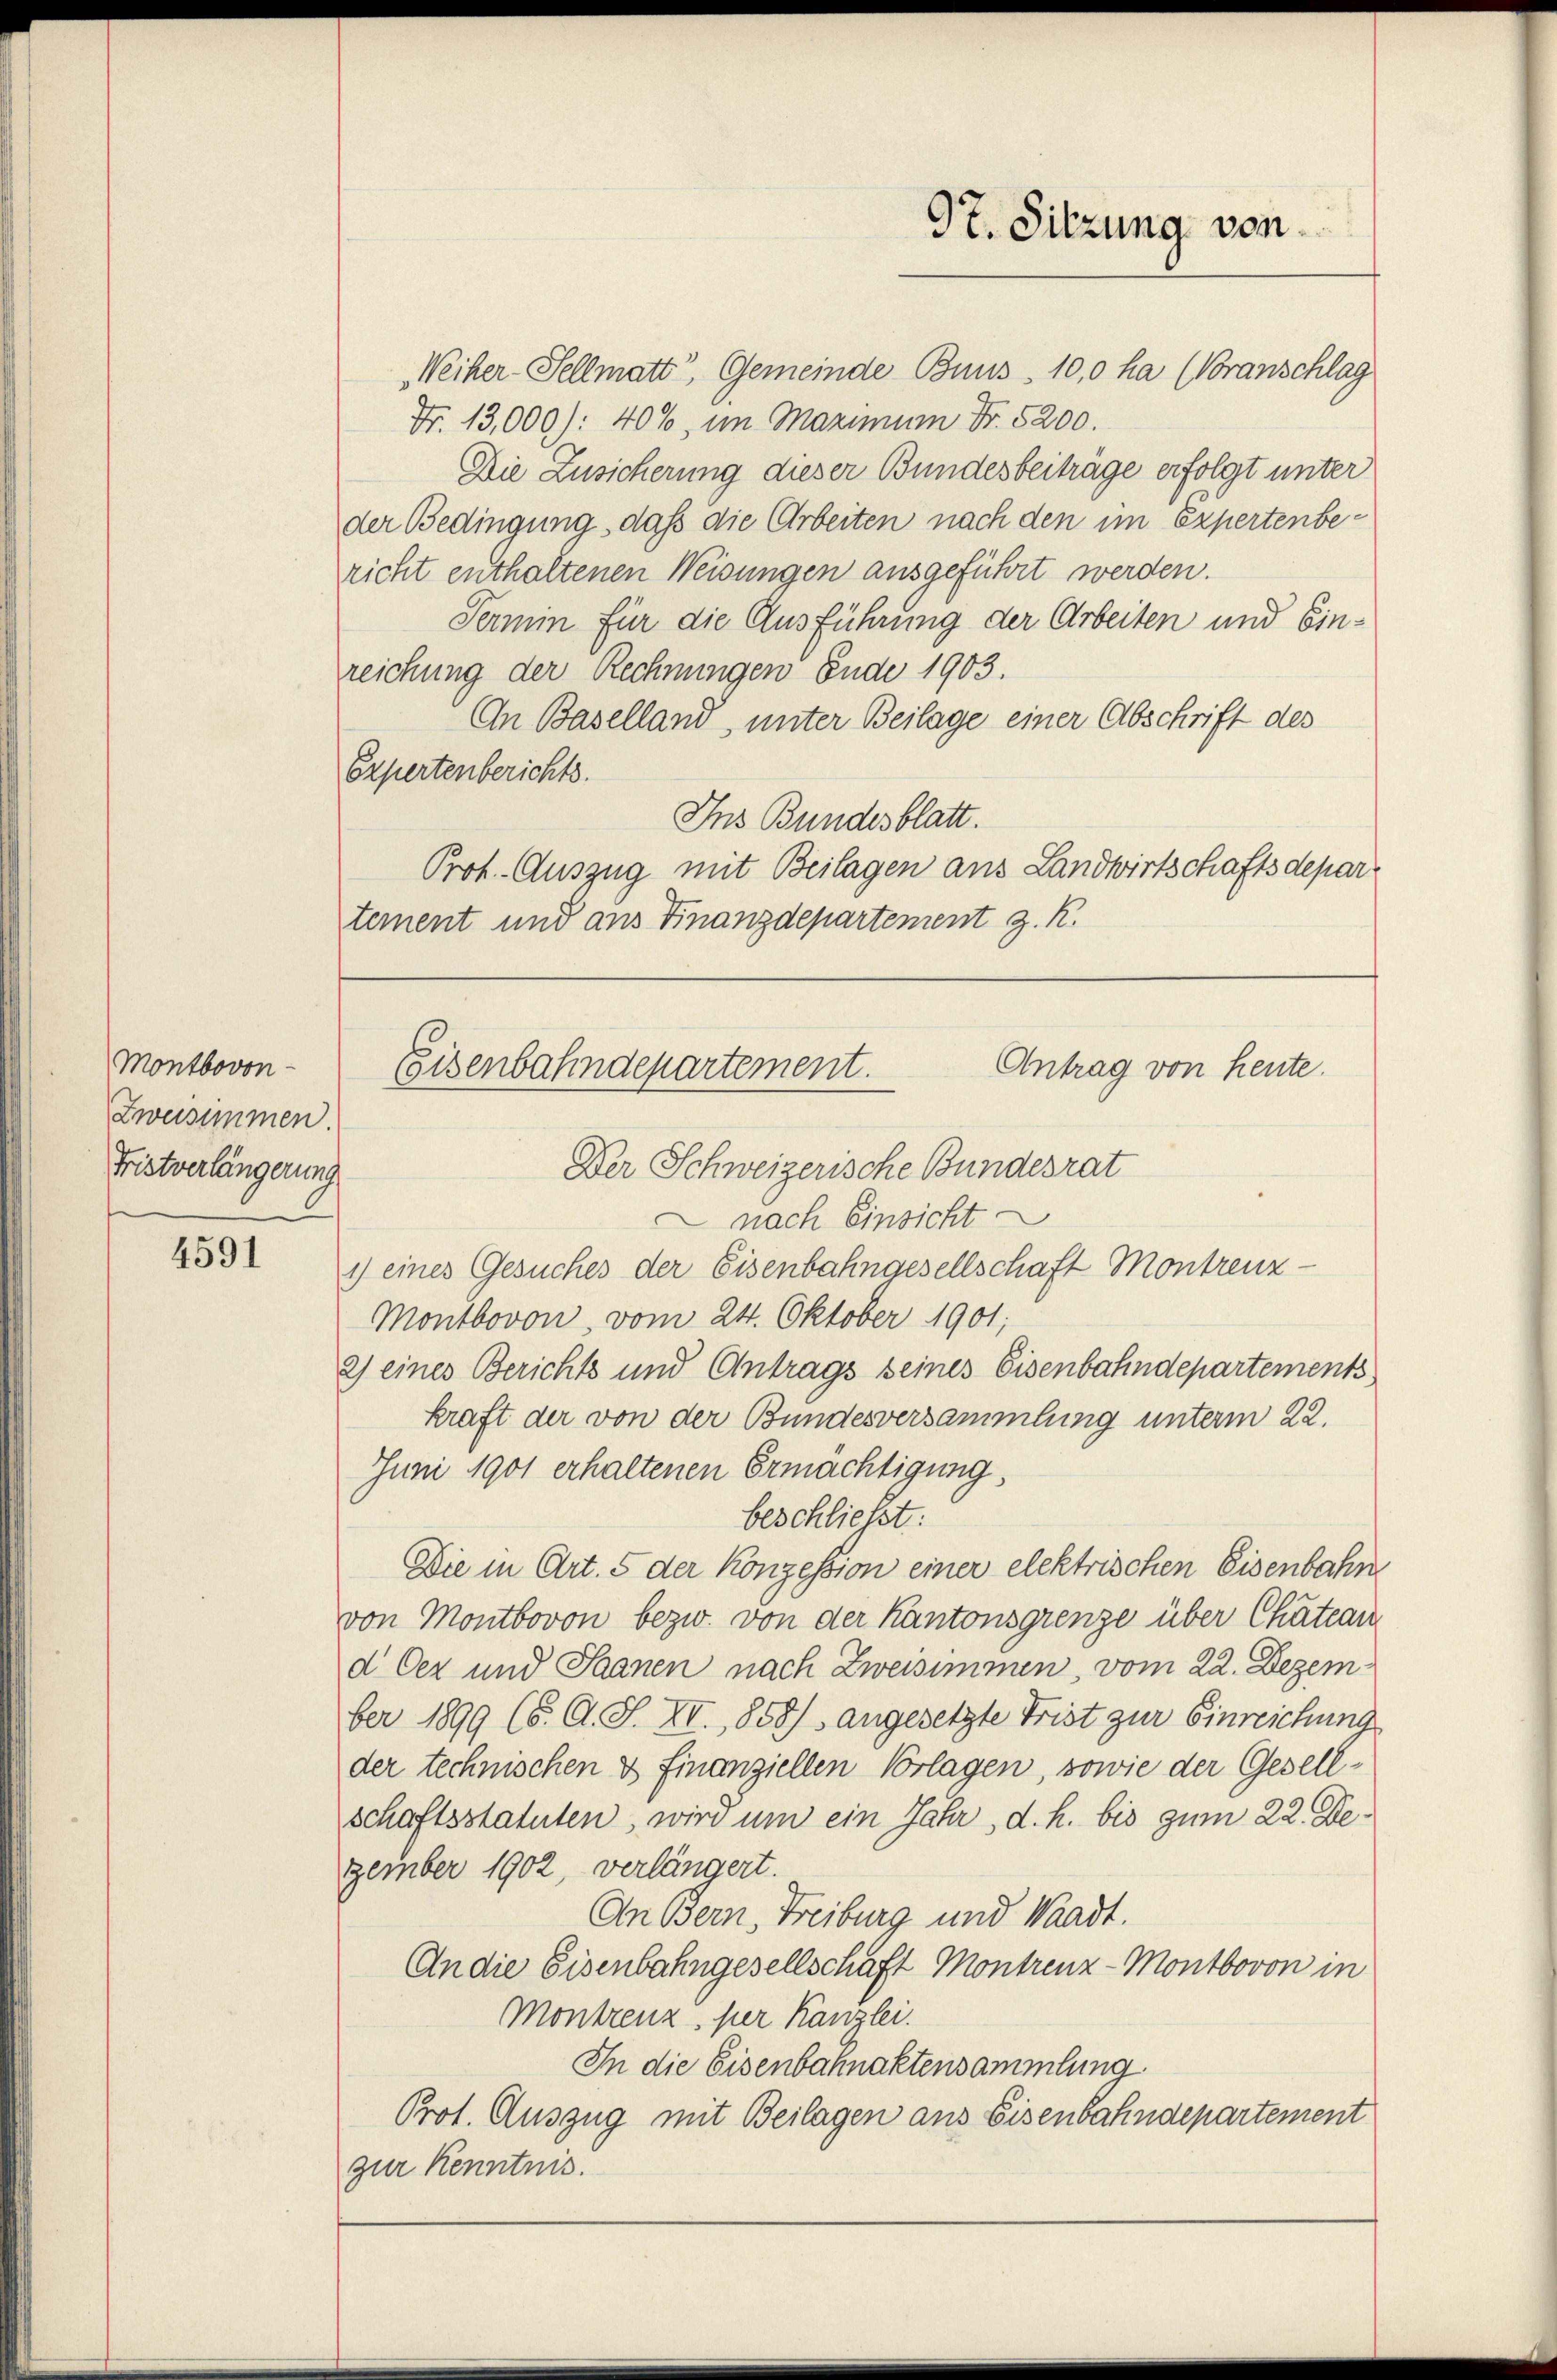
Montbovon
Zweisimmen.
Fristverlängerung

4591

97. Sitzung von

Weiher-Sellmatt, Gemeinde Buns. 10,0 ha (Voranschlag
Fr. 13,000): 40%, im Maximum Fr. 5200.
Die Zusicherung dieser Bundesbeiträge erfolgt unter
der Bedingung, daß die Arbeiten nach den im Expertenbericht enthaltenen Weisungen ausgeführt werden.
Termin für die Ausführung der Arbeiten und Einreichung der Rechnungen Ende 1903.
An Baselland, unter Beilage einer Abschrift des
Expertenberichts.
Ins Bundesblatt.
Prot. Auszug mit Beilagen aus Landwirtschaftsdepar
tement und aus Finanzdepartement z. R.

Antrag von heute.
Eisenbahndepartement.

Der Schweizerische Bundesrat
nach Einsicht
1) eines Gesuches der Eisenbahngesellschaft Montrenz-
Montbovon, vom 24. Oktober 1901;
2) eines Berichts und Antrags seines Eisenbahndepartements
kraft der von der Bundesversammlung unterm 22.
Juni 1901 erhaltenen Ermächtigung,
beschliesst:
Die in Art. 5 der Konzession einer elektrischen Eisenbahn
von Montbovon bezw. von der Kantonsgrenze über Chatean
d Oer und Saanen nach Zweisimmen, vom 22. Dezember 1899 (S. O. S. XI., 858) angesetzte Frist zur Einreichung
der technischen & Finanziellen Vorlagen, sowie der Gesellschaftsstatuten, wird um ein Jahr, d. h. bis zum 22. Dezember 1902, verlängert.
An Bern, Freiburg und Waadt.
An die Eisenbahngesellschaft Montrenz-Montbovon in
Montrenz, per Kanzlei.
In die Eisenbahnaktensammlung
Prot. Auszug mit Beilagen aus Eisenbahndepartement
zur Kenntnis.